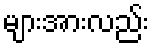
များအားလည်း